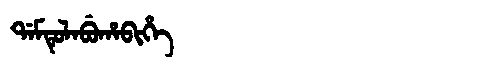
Manchu: ᡩᠠᠮᡨᡠᠯᠠᠪᡠᡥᠠᠪᡳᡥᡝ
Romanization: DAMTULABUHABIHE